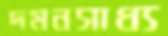
দমনসাধ্য